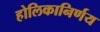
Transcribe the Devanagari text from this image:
होलिकानिर्णय